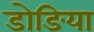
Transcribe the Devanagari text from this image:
डोङिया